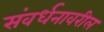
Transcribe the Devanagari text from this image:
संवर्धनावरील